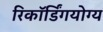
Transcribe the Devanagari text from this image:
रिकॉर्डिंगयोग्य